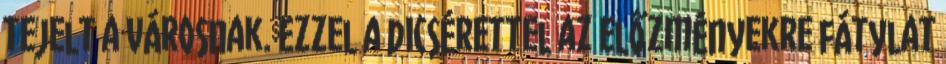
tejelt a városnak. Ezzel a dicsérettel az előzményekre fátylat